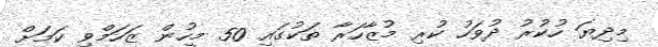
މިދިޔަ ހުކުރު ދުވަހު ކުރި މުޒާހަރާ ތަކުގައި 50 މީހުން ޒަހަމްވި ކަމަށް